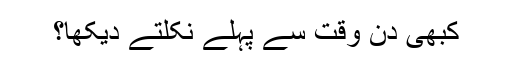
کبھی دن وقت سے پہلے نکلتے دیکھا؟